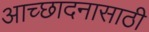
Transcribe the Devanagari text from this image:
आच्छादनासाठी